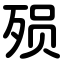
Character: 殒